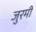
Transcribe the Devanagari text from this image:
जुरमी